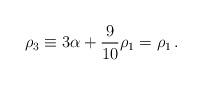
LaTeX: \begin{align*}\rho_3\equiv3\alpha+{9\over10}\rho_1=\rho_1\,.\end{align*}